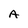
Character: A